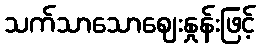
သက်သာသောဈေးနှုန်းဖြင့်